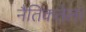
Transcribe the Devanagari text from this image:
नैतिकतेला